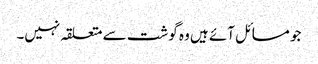
جو مسائل آئے ہیں وہ گوشت سے متعلقہ نہیں۔